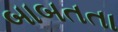
બાબતતા